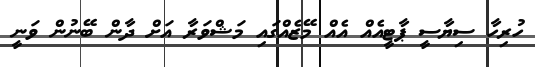
ހުރިހާ ސިޔާސީ ޕާޓީއެއް އެއް މޭޒެއްގައި މަޝްވަރާ އަށް ދާން ބޭނުން ވަނީ